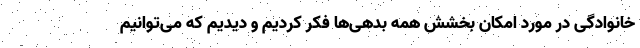
خانوادگی در مورد امکان بخشش همه بدهی‌ها فکر کردیم و دیدیم که می‌توانیم